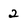
Character: 2